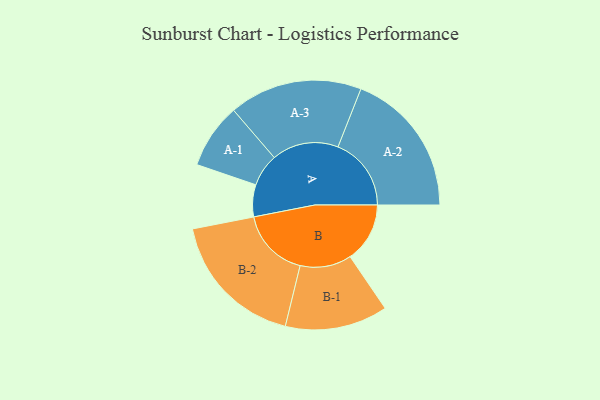
{"axis": {"x": "Segment", "y": "Value"}, "legend": ["", "A", "B"], "data": [{"x": "A", "y": 111, "type": ""}, {"x": "B", "y": 207, "type": ""}, {"x": "A-1", "y": 113, "type": "A"}, {"x": "A-2", "y": 254, "type": "A"}, {"x": "A-3", "y": 231, "type": "A"}, {"x": "B-1", "y": 178, "type": "B"}, {"x": "B-2", "y": 242, "type": "B"}]}